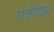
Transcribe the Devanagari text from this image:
एलोडिया